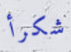
شكرأ